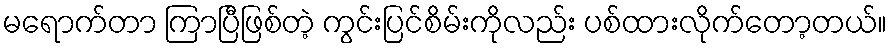
မရောက်တာ ကြာပြီဖြစ်တဲ့ ကွင်းပြင်စိမ်းကိုလည်း ပစ်ထားလိုက်တော့တယ်။